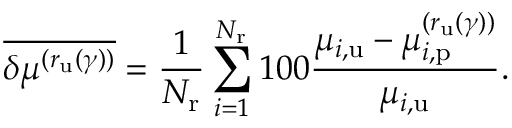
\overline { { \delta \mu ^ { ( r _ { \mathrm { u } } ( \gamma ) ) } } } = \frac { 1 } { N _ { \mathrm { r } } } \sum _ { i = 1 } ^ { N _ { \mathrm { r } } } 1 0 0 \frac { \mu _ { i , \mathrm { u } } - \mu _ { i , \mathrm { p } } ^ { ( r _ { \mathrm { u } } ( \gamma ) ) } } { \mu _ { i , \mathrm { u } } } .